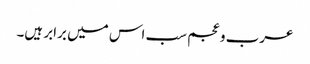
عرب و عجم سب اس میں برابر ہیں۔